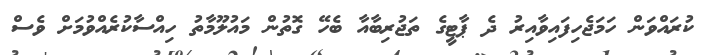
ކުރައްވަން ހަމަޖެހިފައިވާއިރު ދެ ޕާޓީގެ ތަޖުރިބާއާ ބެހޭ ގޮތުން މައުލޫމާތު ހިއްސާކުރެއްވުމަށް ވެސް